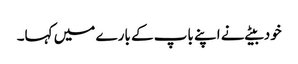
خود بیٹے نے اپنے باپ کے بارے میں کہا۔